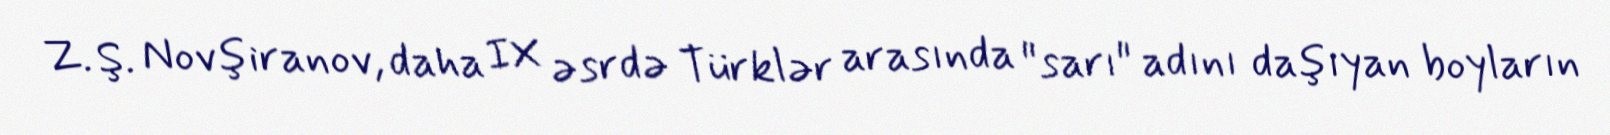
Z. Ş. Novşiranov, daha IX əsrdə Türklər arasında "sarı" adını daşıyan boyların